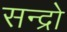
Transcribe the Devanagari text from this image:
सन्द्रो